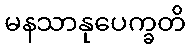
မနသာနုပေက္ခတိ